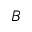
B